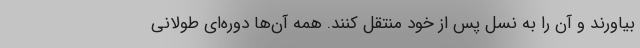
بیاورند و آن را به نسل پس از خود منتقل کنند. همه آن‌ها دوره‌ای طولانی